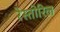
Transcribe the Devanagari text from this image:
रेस्तोरिल